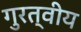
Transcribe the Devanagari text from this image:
गुरत्वीय